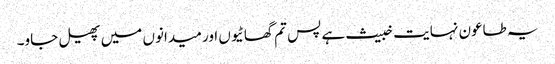
یہ طاعون نہایت خبیث ہے پس تم گھاٹیوں اور میدانوں میں پھیل جاو۔